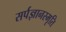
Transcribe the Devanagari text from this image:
सर्पज्ञानस्मृति